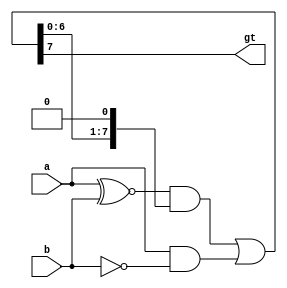
module MagCompa(a,b,gt);
  parameter k=8;
  input[k-1:0] a,b;
  output gt;
  wire [k-1:0] eqi=a~^b;
  wire [k-1:0] gti=a&~b;
  wire [k:0] gtb={((eqi[k-1:0]&gtb[k-1:0])|gti[k-1:0]),1'b0};
  assign gt=gtb[k];
endmodule

module MagCompb(a,b,gt);
  parameter k=8;
  input[k-1:0] a,b;
  output gt;
  wire [k-1:0] eqi=a~^b;
  wire [k-1:0] gti=a&~b;
  wire [k:0] gtb={((eqi[k-1:0]&gtb[k-1:0])|gti[k-1:0]),1'b1};
  assign gt=gtb[k];
endmodule


module ThrMagCompa(a,b,c,o);
  parameter k=8;
  input [k-1:0] a,b,c;
  output o;
  wire g1,g2;

  MagCompa#(k) magcomp1(a,b,g1);
  MagCompa#(k) magcomp2(b,c,g2);
  
  assign o=g1&&g2;//a>b>c
endmodule

module ThrMagCompb(a,b,c,o);
  parameter k=8;
  input [k-1:0] a,b,c;
  output o;
  wire g1,g2;

  MagCompb#(k) magcomp1(a,b,g1);
  MagCompb#(k) magcomp2(b,c,g2);
  
  assign o=g1&&g2;//a>=b>=c
endmodule